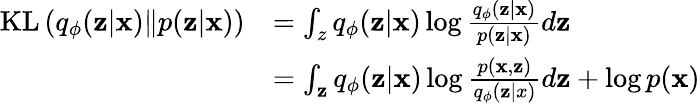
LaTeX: \begin{array}{rl}{\mathrm{KL}\left(q_{\phi}(\mathbf{z}|\mathbf{x})\| p(\mathbf{z}|\mathbf{x})\right)}&{=\int_{z}q_{\phi}(\mathbf{z}|\mathbf{x})\log\frac{q_{\phi}(\mathbf{z}|\mathbf{x})}{p(\mathbf{z}|\mathbf{x})}d\mathbf{z}}\\ &{=\int_{\mathbf{z}}q_{\phi}(\mathbf{z}|\mathbf{x})\log\frac{p(\mathbf{x},\mathbf{z})}{q_{\phi}(\mathbf{z}|x)}d\mathbf{z}+\log p(\mathbf{x})}\end{array}